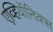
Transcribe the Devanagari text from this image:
एव्हियॉनिक्स